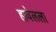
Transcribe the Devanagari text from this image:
हावेलला